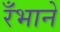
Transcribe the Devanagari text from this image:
रँभाने